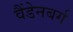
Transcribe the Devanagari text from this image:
वैंडेनबर्ग